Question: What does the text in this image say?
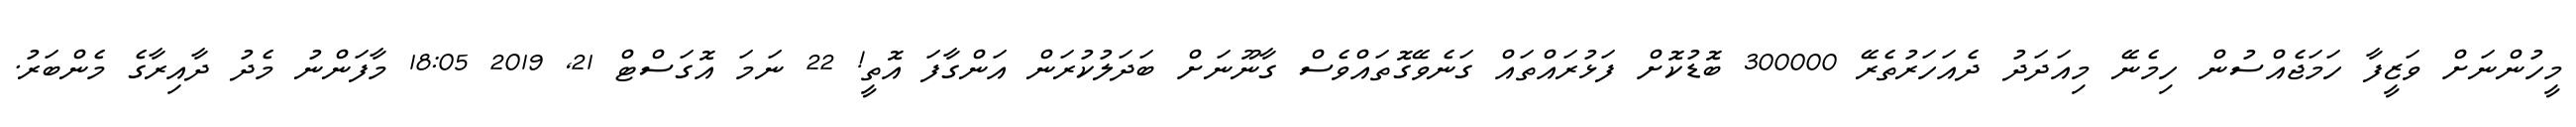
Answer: މީހުންނަށް ވަޒީފާ ހަމަޖެއްސުން ހިމެނޭ މިއަދަދު ދެއަހަރުތެރޭ 300000 ބޮޑުކޮށް ފަޅުރައްތައް ގަނެވޭގޮތައްވެސް ގާނޫނަށް ބަދަލުކުރަން އަންގާފަ އޮތީ! 22 ނަމަ އޮގަސްޓް 21, 2019 18:05 މާފަންނު މެދު ދާއިރާގެ މެންބަރު.